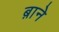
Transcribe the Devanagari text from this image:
ब़ाने